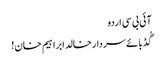
آئی بی سی اردو
گُڈ بائے سردارخالد ابراہیم خان!